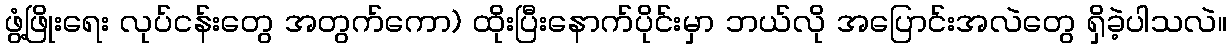
ဖွံ့ဖြိုးရေး လုပ်ငန်းတွေ အတွက်ကော) ထိုးပြီးနောက်ပိုင်းမှာ ဘယ်လို အပြောင်းအလဲတွေ ရှိခဲ့ပါသလဲ။